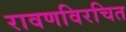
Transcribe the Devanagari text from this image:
रावणविरचित